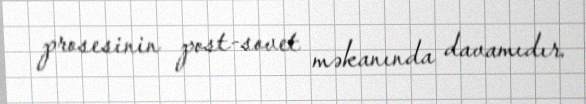
prosesinin post-sovet məkanında davamıdır.